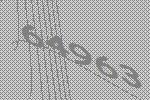
64963